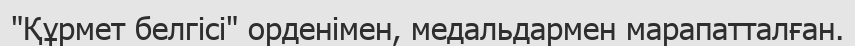
"Құрмет белгісі" орденімен, медальдармен марапатталған.